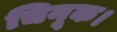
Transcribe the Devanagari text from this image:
चिनूक।